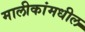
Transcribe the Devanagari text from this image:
मालीकांमधील